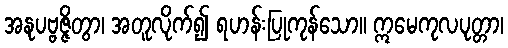
အနုပဗ္ဗဇ္ဇိတွာ၊ အတူလိုက်၍ ရဟန်းပြုကုန်သော။ ဣမေကုလပုတ္တာ၊